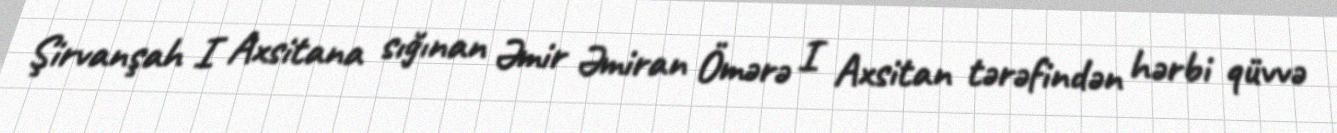
Şirvanşah I Axsitana sığınan Əmir Əmiran Ömərə I Axsitan tərəfindən hərbi qüvvə